Annual report of the Central Committee of the Association together with the report of the directors of the Pasteur Institute at Kasauli
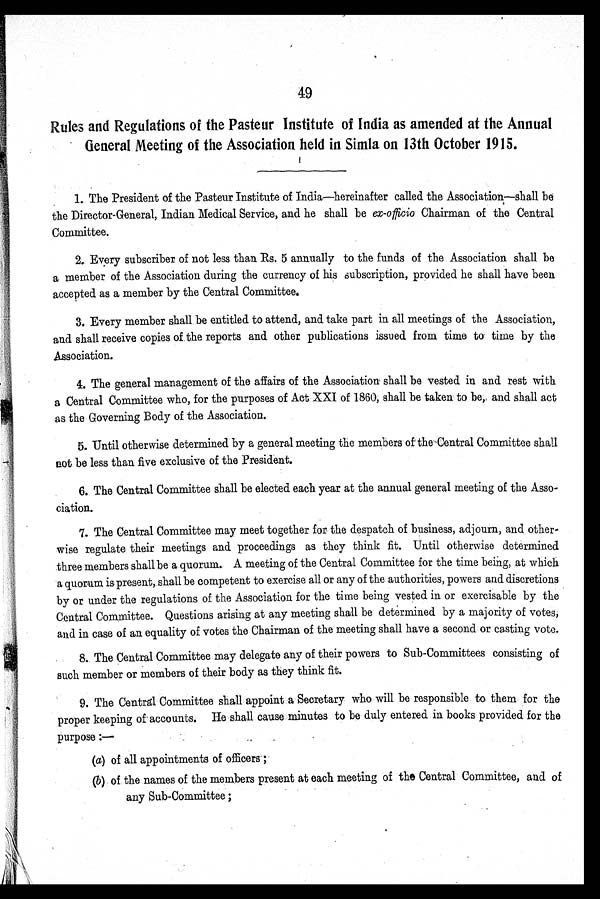
49
Rules and Regulations of the Pasteur Institute of India as amended at the Annual
General Meeting of the Association held in Simla on 13th October 1915.
1. The President of the Pasteur Institute of India—hereinafter called the Association—shall be
the Director-General, Indian Medical Service, and he shall be ex-officio Chairman of the Central
Committee.
2. Every subscriber of not less than Rs. 5 annually to the funds of the Association shall be
a member of the Association during the currency of his subscription, provided he shall have been
accepted as a member by the Central Committee.
3. Every member shall be entitled to attend, and take part in all meetings of the Association,
and shall receive copies of the reports and other publications issued from time to' time by the
Association.
4. The general management of the affairs of the Association shall be vested in and rest with
a Central Committee who, for the purposes of Act XXI of 1860, shall be taken to be, and shall act
as the Governing Body of the Association.
5. Until otherwise determined by a general meeting the members of the-Central Committee shall
not be less than five exclusive of the President.
6. The Central Committee shall be elected each year at the annual general meeting of the Asso-
ciation.
7. The Central Committee may meet together for the despatch of business, adjourn, and other-
wise regulate their meetings and proceedings as they think fit. Until otherwise determined
three members shall be a quorum. A meeting of the Central Committee for the time being, at which
a quorum is present, shall be competent to exercise all or any of the authorities, powers and discretions
by or under the regulations of the Association for the time being vested in or exercisable by the
Central Committee. Questions arising at any meeting shall be determined by a majority of votes,
and in case of an equality of votes the Chairman of the meeting shall have a second or casting vote.
8. The Central Committee may delegate any of their powers to Sub-Committees consisting of
such member or members of their body as they think fit.
9. The Central Committee shall appoint a Secretary who will be responsible to them for the
proper keeping of accounts. He shall cause minutes to be duly entered in books provided for the
purpose :—
(a) of all appointments of officers;
(b) of the names of the members present at each meeting of the Central Committee, and of
any Sub-Committee ;